Annual report of the Civil Veterinary Department, Bengal, and of the Bengal Veterinary College for the year 1905-1906 - 1905-1906
Year: 1905
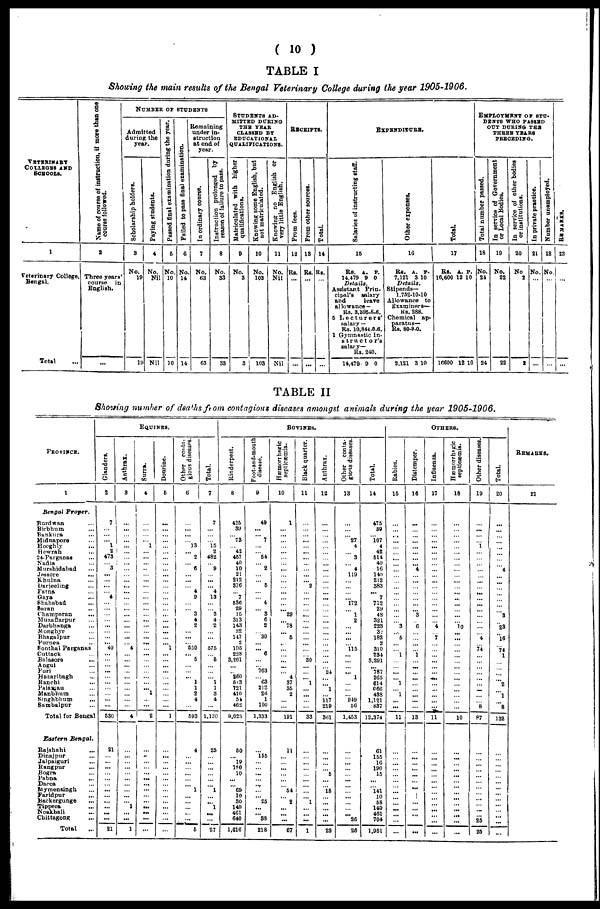
(10)
TABLE I
Showing the main results of the Bengal Veterinary College during the year 1905-1906.
VETRRINARY
COLLEGES AND
SCHOOLS.
1
Veterinary College,
Bengal.
Total ...
Name of course of instruction, if more than one
course followed.
2
Three years'
course in
English.
...
NUMBER OF STUDENTS
Admitted
during the
year.
Scholarship holders.
3
No.
19
19
Paying students.
4
No.
Nil
Nil
Passed final examination during the year.
5
No.
10
10
Failed to pass final examination.
6
No.
14
14
Remaining
under in-
struction
at end of
year.
In ordinary course.
7
No.
63
63
Instruction prolonged by
reason of failure to pass.
8
No.
33
33
STUDENTS AD¬
MITTED DURING
THE YEAR
CLASSED BY
EDUCATIONAL
QUALIFICATIONS.
Matriculated with higher
qualifications.
9
No.
3
3
Knowing some English, but
not matriculated.
10
No.
103
103
Knowing no English or
very little English.
11
No.
Nil
Nil
RECEIPTS.
From fees.
12
Rs.
...
...
From other sources.
13
Rs.
...
...
Total.
14
Rs.
...
...
EXPENDITURE.
Salaries of instructing staff.
15
Rs. A. P.
14,479 9 0
Details.
Assistant Prin-
cipal's
salary
and
leave
allowance —
Rs. 3,395-8-6.
5 Lecturers'
salary —
Rs. 10,844-0.6.
1 Gymnastic In-
structor's
salary—
Rs. 240.
14,479 0 0
Other expenses.
16
Rs. A. P.
7,121 3 10
Details,
Stipends—
1,752-10-10
Allowance to
Examiners—
Rs. 288.
Chemical ap-
paratus—
Rs. 80-9-0.
2,121 3 10
Total.
17
Rs. A. P.
16,600 12 10
16600 12 10
EMPLOYMENT OF STU-
DENTS WHO PASSED
OUT DURING THE
THREE YEARS
PRECEDING.
Total number passed.
18
No.
24
24
In service of Government
or Local Bodies.
19
No.
22
22
In service of other bodies
or institutions.
20
No
2
2
In private praotice.
21
No.
...
...
Number unemployed.
22
No.
...
...
REMARKS .
28
...
...
TABLE II
Showing number of deaths from contagious diseases amongst animals during the year 1905-1906.
PROVINCE.
1
Bengal
Proper.
Burdwan ...
Birbhum ...
Bankura ...
Midnapore ...
Hooghly ...
Howrah ...
24-Parganas ...
Nadia ...
Murshidabad ...
Jessore
...
Khulna ...
Darjeeling ...
Patna ...
Gaya ...
Shahabad ...
Saran ...
Champaran ...
Muzaffarpur ...
Darbhanga ...
Monghyr ...
Bhagalpur ...
Purnea ...
Sonthal Parganas
Cuttack ...
Balasore ...
Angul ...
Puri ...
Hazaribagh ...
Ranchi ...
Palamau ...
Manbhum
Singhblum ...
Sambalpur ...
Total for Bengal
Eastern Bengal.
Rajshahi ...
Dinajpur ...
Jalpaiguri ...
Rangpur
...
Bogra ...
Pabna ...
Dacca ...
Mymensingh ...
Faridpur
...
Backergunge ...
Tippera ...
Noakhali
...
Chittagong ...
Total ...
EQUINES.
Glanders.
2
7
...
... ... 1
2
473
... 3
...
...
...
... 4
...
...
...
...
...
...
...
... 40
...
...
... ...
...
...
...
... ...
...
530
21
...
... ...
...
...
...
...
...
...
... ...
...
21
Anthrax.
3
...
...
... ...
...
...
...
...
...
...
...
...
...
...
...
...
...
...
...
...
... 4
...
...
...
...
...
...
... ...
...
...
4
...
...
...
...
... ...
...
...
...
... 1
...
...
1
Surra.
4
...
...
...
... 1
...
...
...
...
...
...
...
...
...
...
...
...
...
...
... ...
...
...
...
...
...
...
...
... ... 1
...
...
2
...
...
...
... ...
...
...
...
...
...
...
Dourine.
5
...
...
...
...
...
...
...
...
...
...
...
...
...
...
...
...
...
...
...
...
...
... 1
...
...
...
...
...
...
...
...
...
...
1
...
...
...
...
...
...
...
...
...
...
... ...
...
Other conta-
gious diseases.
6
...
... ...
... 13
... 2
... 6
... ...
... 4
9
...
... 3
4
2
...
...
... 530
... 5
...
... ... 1
1
2
4
593
4
...
...
... ...
1
...
...
...
...
5
Total.
7
7
...
...
... 15
2
482
... 9
...
...
... 4
13
...
... 3
4
2
...
...
... 575
... 6
...
...
... 1
1
3
4
1,130
25
...
...
...
...
... 1
...
... 1
....
...
27
BOVINES.
Rinderpest.
8
425
39
... 73
... 42
457
40
10
21
212
376
... 7
536
29
15
313
143
32
147
2
195
228
3,261
...
... 260
513
721
410
5t
462
9,023
50
... 19
1P0
10
...
... 69
10
80
140
461
640
1,616
Foot-and-mouth
disease.
9
49
...
... 7
...
... 54
... 2
...
... 5
...
... 4
... 3
6
2
... 30
... ... 6
...
... 763
... 63
212
26
1
100
1,333
...
155
...
... ...
... ......
...
... 25
...
...
38
218
Hæmorrhagic
septicæmia.
10
1
...
...
...
...
...
...
...
...
...
...
... ...
...
...
... 29
... 78
... 5
...
...
... ...
...
4
37
35
2
...
...
191
11
...
...
...
...
...
... 54
...
2
...
... ...
67
Black quarter.
11
...
...
... ...
...
... ...
...
...
...
... 2
...
...
...
... ...
...
...
...
... ...
...
... 30
...
... ... 1
... ...
...
...
33
...
...
...
...
...
...
...
... ... 1
...
... ...
1
Anthrax.
12
...
...
...
...
...
...
... ...
...
...
...
...
... ...
...
...
...
...
...
...
...
...
...
... ...
... 24
...
... 1
... 117
219
361
...
...
...
... 5
18
... ...
...
...
...
23
Other conta-
gious diseases.
13
...
...
... 27
4
... 3
... 4
119
...
...
...
... 172
... 1
2
...
... ...
... 115
... ...
... ... 1
...
...
... 949
56
1,453
...
...
...
...
...
...
... ...
...
...
... 26
26
Total.
14
475
39
... 107
4
42
514
40
16
140
212
383
...
7
712
29
48
321
223
34
182
2
310
234
3,291
... 787
265
614
066
438
1,121
887
12,374
61
155
16
190
15
...
... 141
10
58
140
461
704
1,951
OTHERS.
Rabies.
15
...
...
...
...
...
... ...
...
...
...
...
...
...
...
...
...
...
... 3
... 5
...
... 1
...
... ...
... 1
... 1
...
...
11
...
...
...
...
...
...
...
...
...
...
...
...
...
...
Distemper.
16
...
...
...
...
...
... ...
... 4
...
...
...
...
...
... 3
6
1
...
...
...
...
13
...
...
...
...
...
...
... ...
... ...
...
...
...
...
Influenza.
17
...
...
...
...
...
...
...
...
...
...
...
...
...
...
...
...
...
... 4
... 7
...
...
... ...
...
...
...
...
...
...
...
11
...
...
...
...
...
...
...
...
...
...
...
...
...
...
Hæmorrhagic
septicæmia.
18
...
...
...
...
...
...
...
...
...
...
...
...
...... ...
...
...
...
... 10
...
...
...
... ...
... ...
... ...
...
...
...
...
...
10
...
...
... ...
...
...
...
...
...
...
...
... ...
...
Other diseases.
19
...
...
...
... ...i
...
...
...
...
...
...
... ...
...
...
...
...
...
...
... 4
... 74
...
...
...
...
...
...
...
...
... 8
87
...
...
...
...
...
...
...
...
...
...
...
... 25
25
Total.
20
...
...
...
...
......
...
...
... 4
...
...
...
...
...
...
... 3
... 23
... 16
... 74
1
...
...
...
... 2
... 1
... 8
132
...
...
...
...
...
...
...
...
...
...
...
...
...
REMARKS.
21